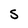
Character: S